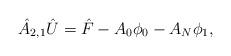
LaTeX: \begin{align*}{\hat A}_{2,1} {\hat U} = {\hat F} - A_0\phi_0 - A_N \phi_1 ,\end{align*}